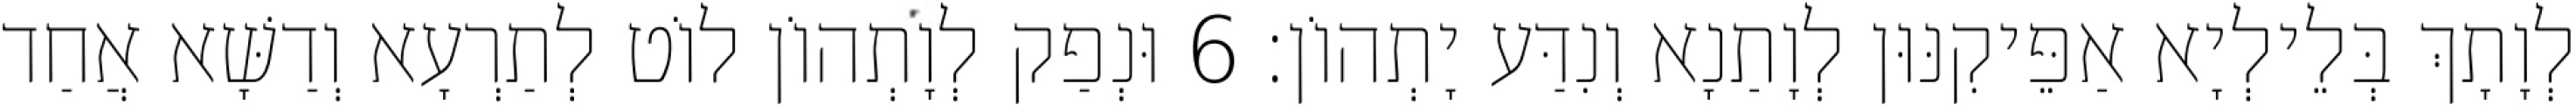
לְוָתָךְ בְּלֵילְיָא אַפֵּיקִנּוּן לְוָתַנָא וְנִדַּע יָתְהוֹן׃ 6 וּנְפַק לְוָתְהוֹן לוֹט לְתַרְעָא וְדַשָּׁא אֲחַד